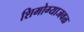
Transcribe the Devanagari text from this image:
शिमोग्याजवळ